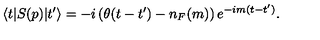
\langle t \vert S ( p ) \vert t ^ { \prime } \rangle = - i \left( \theta ( t - t ^ { \prime } ) - n _ { F } ( m ) \right) e ^ { - i m ( t - t ^ { \prime } ) } .